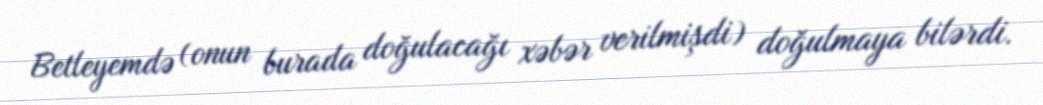
Betleyemdə (onun burada doğulacağı xəbər verilmişdi) doğulmaya bilərdi.